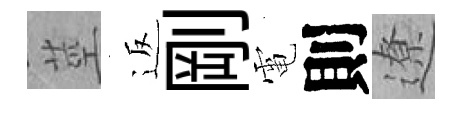
莖返剛電則遼